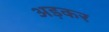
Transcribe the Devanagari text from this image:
अड़कर